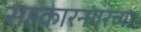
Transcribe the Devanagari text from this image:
सहकारनगरच्या